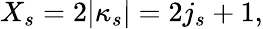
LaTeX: X_{s}=2|\kappa_{s}|=2j_{s}+1,